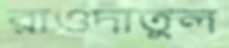
রাওদাতুল